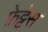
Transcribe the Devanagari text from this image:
फ़ेट्टेस